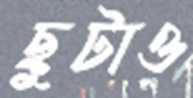
ছুটাও